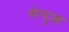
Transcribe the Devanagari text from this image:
मेन्दुआ